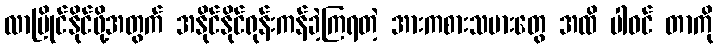
လာပြိုင်နိုင်ဖို့အတွက် အနိုင်နိုင်ရုန်းကန်ခဲ့ကြရတဲ့ အားကစားသမားတွေ အထိ ပါဝင် တာကို